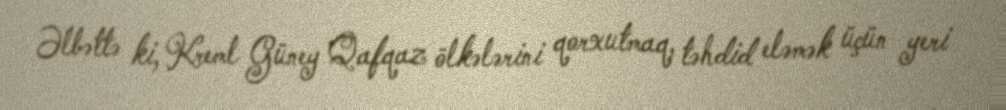
Əlbəttə ki, Kreml Güney Qafqaz ölkələrini qorxutmaq, təhdid eləmək üçün yeri